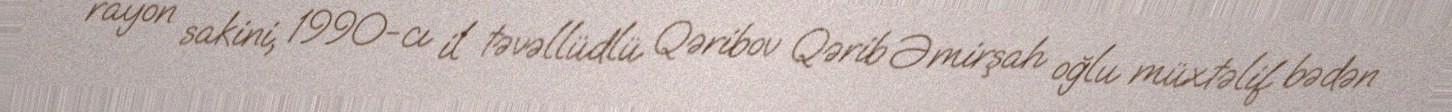
rayon sakini, 1990-cı il təvəllüdlü Qəribov Qərib Əmirşah oğlu müxtəlif bədən